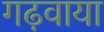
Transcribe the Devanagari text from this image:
गढ़वाया